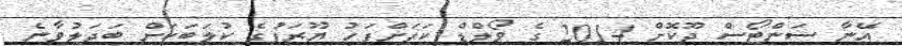
އޭނާ ސަންޓޯސް ދޫކޮށް 2014 ގެ ވޯލްޑް ކަޕަށްފަހު ޔޫރަޕުގެ ކުލަބަކަށް ބަދަލުވާނެ